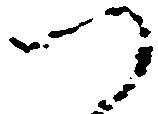
つ